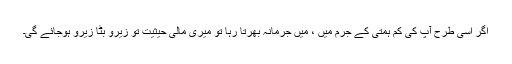
اگر اسی طرح آپ کی کم ہمتی کے جرم میں ، میں جرمانہ بھرتا رہا تو میری مالی حیثیت تو زیرو بٹا زیرو ہوجائے گی۔